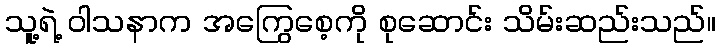
သူ့ရဲ့ ဝါသနာက အကြွေစေ့ကို စုဆောင်း သိမ်းဆည်းသည်။